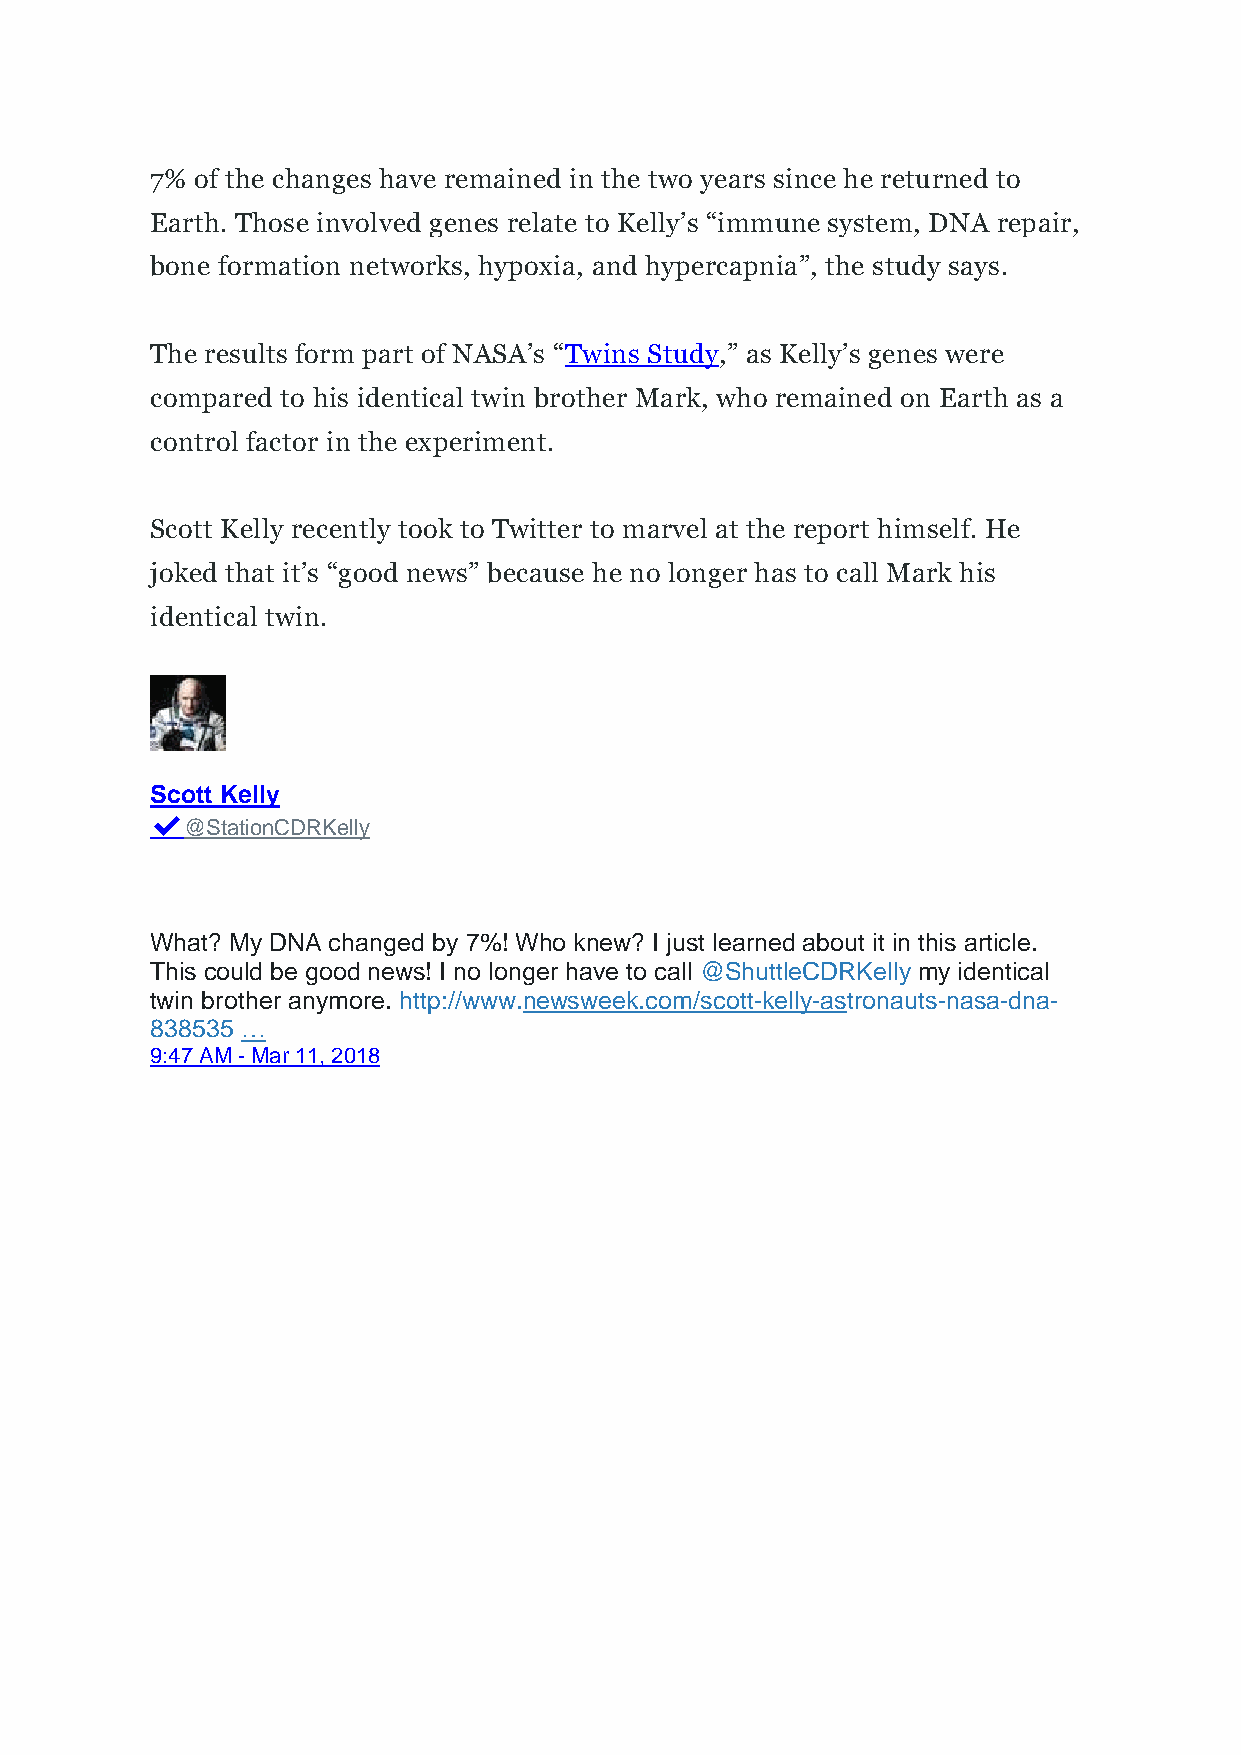
7% of the changes have remained in the two years since he returned to
 Earth. Those involved genes relate to Kelly’s “immune system, DNA repair,
 bone formation networks, hypoxia, and hypercapnia”, the study says.
 The results form part of NASA’s “Twins Study,” as Kelly’s genes were
 compared to his identical twin brother Mark, who remained on Earth as a
 control factor in the experiment.
 Scott Kelly recently took to Twitter to marvel at the report himself. He
 joked that it’s “good news” because he no longer has to call Mark his
 identical twin.
 Scott Kelly
 ✔@StationCDRKelly
 What? My DNA changed by 7%! Who knew? I just learned about it in this article.
 This could be good news! I no longer have to call @ShuttleCDRKelly my identical
 twin brother anymore. http://www.newsweek.com/scott-kelly-astronauts-nasa-dna-
 838535 …
 9:47 AM - Mar 11, 2018